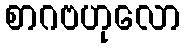
စာဂဗဟုလော